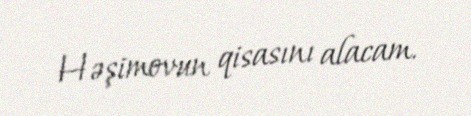
Həşimovun qisasını alacam.